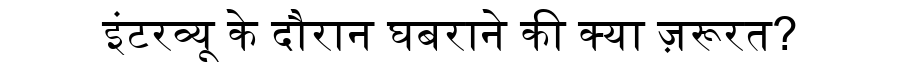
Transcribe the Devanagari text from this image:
इंटरव्यू के दौरान घबराने की क्या ज़रूरत?